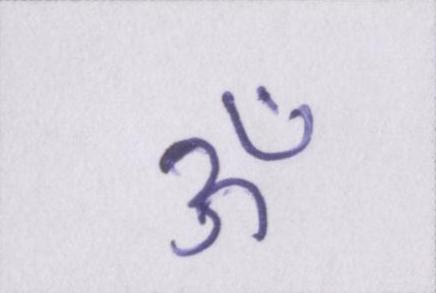
ॐ